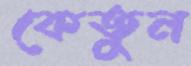
কেতুন